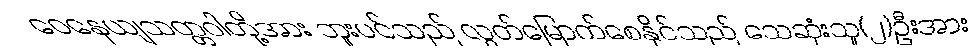
ဝေနေယျသတ္တဝါတို့အား ဘူးပင်သည် လွတ်မြောက်စေနိုင်သည် သေဆုံးသူ(၂)ဦးအား